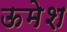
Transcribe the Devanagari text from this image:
ऊमेश